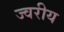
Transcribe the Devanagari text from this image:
ज्वरीय